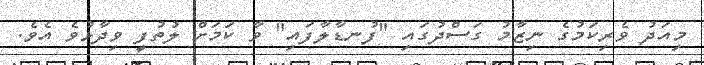
މިއަދު ވެރިކަމުގެ ނިޒާމު ގަސްދުގައި "ފުނޑާލާފައި" ވާ ކަމަށް ލުތުފީ ވިދާޅުވެ އެވެ.